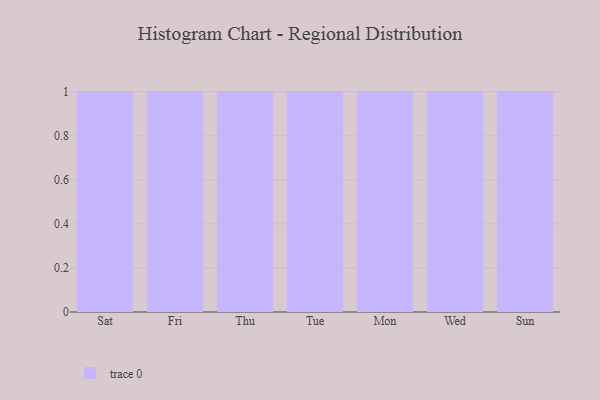
{"axis": {"x": "Day", "y": "Headcount"}, "legend": [""], "data": [{"x": "Sat", "y": 67, "type": ""}, {"x": "Fri", "y": 90, "type": ""}, {"x": "Thu", "y": 92, "type": ""}, {"x": "Tue", "y": 76, "type": ""}, {"x": "Mon", "y": 27, "type": ""}, {"x": "Wed", "y": 5, "type": ""}, {"x": "Sun", "y": 5, "type": ""}]}